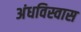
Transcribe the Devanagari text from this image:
अंधविस्वास